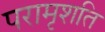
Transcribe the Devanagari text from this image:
परामृशति